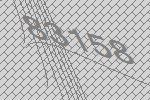
83158